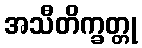
အသီတိက္ခတ္တု